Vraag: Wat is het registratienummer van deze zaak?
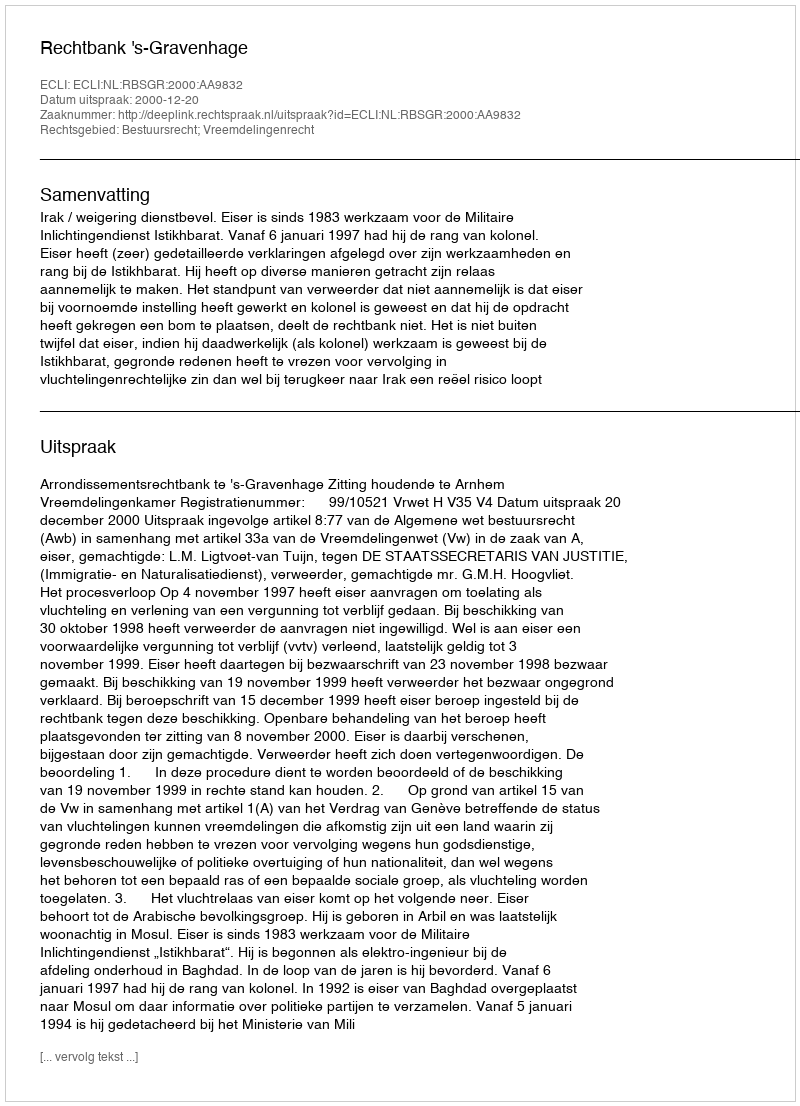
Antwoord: http://deeplink.rechtspraak.nl/uitspraak?id=ECLI:NL:RBSGR:2000:AA9832